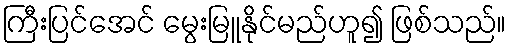
ကြီးပြင်အေင် မွေးမြူနိုင်မည်ဟူ၍ ဖြစ်သည်။